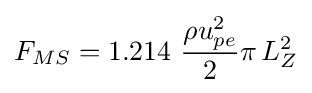
F_{MS}=1.214\,\,{\frac {\rho u_{pe}^{2}}{2}}\pi \,L_{Z}^{2}